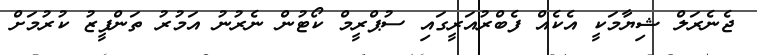
ޖެނެރަލް ޝިޔާމަކީ އެކެއް ފެބްރުއަރީގައި ސުޕްރީމް ކޯޓުން ނެރުނު އަމުރު ތަންފީޒު ކުރުމަށް